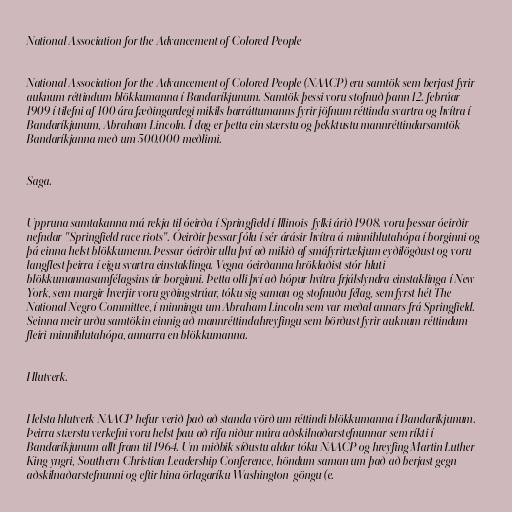
National Association for the Advancement of Colored People

National Association for the Advancement of Colored People (NAACP) eru samtök sem berjast fyrir
auknum réttindum blökkumanna í Bandaríkjunum. Samtök þessi voru stofnuð þann 12. febrúar
1909 í tilefni af 100 ára fæðingardegi mikils barráttumanns fyrir jöfnum réttinda svartra og hvítra í
Bandaríkjunum, Abraham Lincoln. Í dag er þetta ein stærstu og þekktustu mannréttindarsamtök
Bandaríkjanna með um 500.000 meðlimi.

Saga.

Uppruna samtakanna má rekja til óeirða í Springfield í Illinois-fylki árið 1908. voru þessar óeirðir
nefndar "Springfield race riots". Óeirðir þessar fólu í sér árásir hvítra á minnihlutahópa í borginni og
þá einna helst blökkumenn. Þessar óeirðir ullu því að mikið af smáfyrirtækjum eyðilögðust og voru
langflest þeirra í eigu svartra einstaklinga. Vegna óeirðanna hröklaðist stór hluti
blökkumannasamfélagsins úr borginni. Þetta olli því að hópur hvítra frjálslyndra einstaklinga í New
York, sem margir hverjir voru gyðingstrúar, tóku sig saman og stofnuðu félag, sem fyrst hét The
National Negro Committee, í minningu um Abraham Lincoln sem var meðal annars frá Springfield.
Seinna meir urðu samtökin einnig að mannréttindahreyfingu sem börðust fyrir auknum réttindum
fleiri minnihlutahópa, annarra en blökkumanna.

Hlutverk.

Helsta hlutverk NAACP hefur verið það að standa vörð um réttindi blökkumanna í Bandaríkjunum.
Þeirra stærstu verkefni voru helst þau að rífa niður múra aðskilnaðarstefnunnar sem ríkti í
Bandaríkjunum allt fram til 1964. Um miðbik síðustu aldar tóku NAACP og hreyfing Martin Luther
King yngri, Southern Christian Leadership Conference, höndum saman um það að berjast gegn
aðskilnaðarstefnunni og eftir hina örlagaríku Washington-göngu (e.